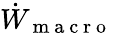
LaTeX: \dot{W}_{\mathrm{~m~a~c~r~o~}}